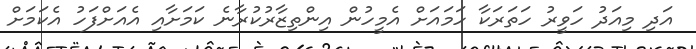
އަދި މިއަދު ހަވީރު ހަތަރަކާ ހަމައަށް އެމީހުން އިންތިޒާރުކުރާނެ ކަމަށާއި އެއަށްފަހު އެކަމަށް